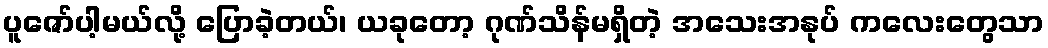
ပူဇော်ပါ့မယ်လို့ ပြောခဲ့တယ်၊ ယခုတော့ ဂုဏ်သိန်မရှိတဲ့ အသေးအနုပ် ကလေးတွေသာ